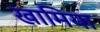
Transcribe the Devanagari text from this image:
खामिया